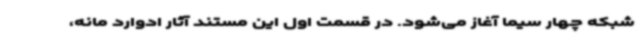
شبکه چهار سیما آغاز می‌شود. در قسمت اول این مستند آثار ادوارد مانه،